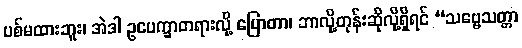
ပစ်မထားဘူး၊ အဲဒါ ဥပေက္ခာတရားလို့ ပြောတာ၊ ဘာလို့တုန်းဆိုလို့ရှိရင် “သဗ္ဗေသတ္တာ